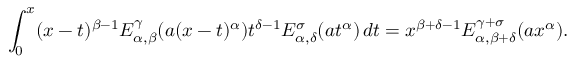
\int _ { 0 } ^ { x } ( x - t ) ^ { \beta - 1 } E _ { \alpha , \beta } ^ { \gamma } ( a ( x - t ) ^ { \alpha } ) t ^ { \delta - 1 } E _ { \alpha , \delta } ^ { \sigma } ( a t ^ { \alpha } ) \, d t = x ^ { \beta + \delta - 1 } E _ { \alpha , \beta + \delta } ^ { \gamma + \sigma } ( a x ^ { \alpha } ) .